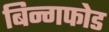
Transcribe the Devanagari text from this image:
बिन्गफोड